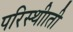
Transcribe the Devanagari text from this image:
परिस्थीाती